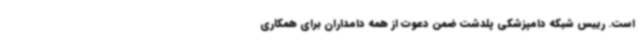
است. رییس شبکه دامپزشکی پلدشت ضمن دعوت از همه دامداران برای همکاری